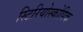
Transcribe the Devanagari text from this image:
स्टिरियोस्कोपिक